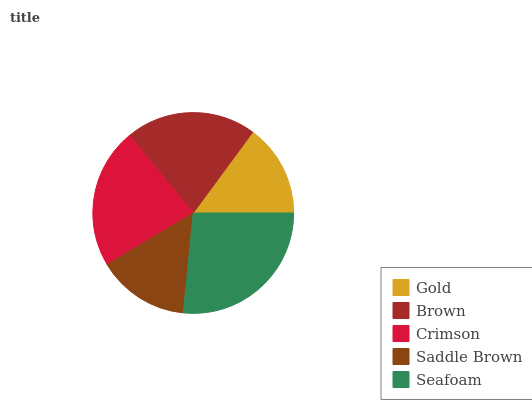
| Gold | Brown | Crimson | Saddle Brown | Seafoam |
 | --- | --- | --- | --- | --- |
 | 14.9% | 21% | 22.6% | 14.8% | 26.6% |